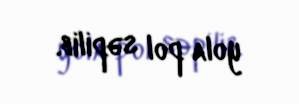
yola pol səpilib.